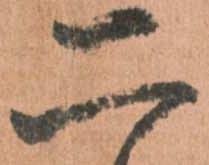
二